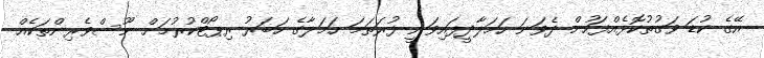
އޭގެ ކުޑަ ވަގުތުކޮޅެއްފަހުން ދެވަނަ ހަމަލާދީފައިވަނީ ފުރަތަމަ ހަމަލާގެ ހަބަރު ރިޕޯޓްކުރުމަށް ނޫސްވެރިންތަކެއް